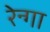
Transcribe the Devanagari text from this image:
रेन्गा